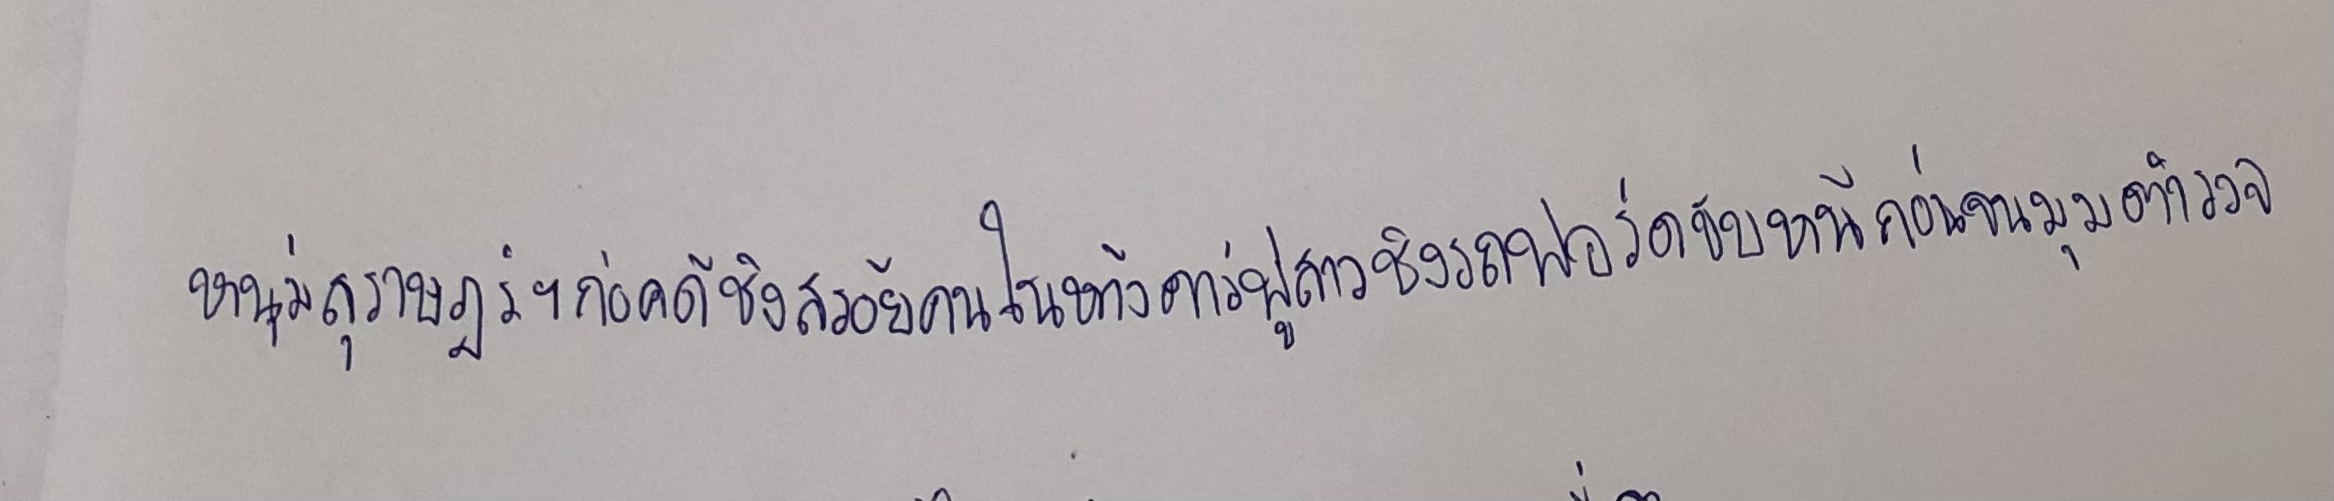
หนุ่มสุราษฏร์ฯก่อคดีชิงสร้อยคนในห้างคาร์ฟูสาวชิงรถฟอร์ดขับหนีก่อนจนมุมตำรวจ